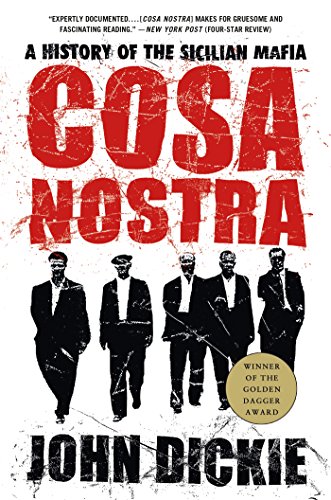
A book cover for Cosa Nostra: A History of the Sicilian Mafia; John Dickie; Biographies & Memoirs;